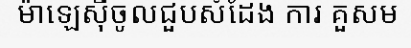
ម៉ាឡេស៊ីចូលជួបសំដែង ការ គួសម